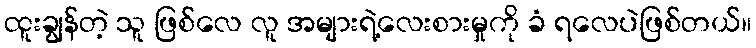
ထူးချွန်တဲ့ သူ ဖြစ်လေ လူ အများရဲ့လေးစားမှုကို ခံ ရလေပဲဖြစ်တယ်။